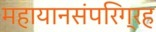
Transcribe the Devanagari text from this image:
महायानसंपरिग्रह